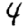
Digit: 4